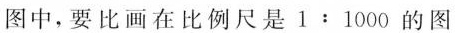
图中，要比画在比例尺是1:1000的图